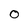
Character: O